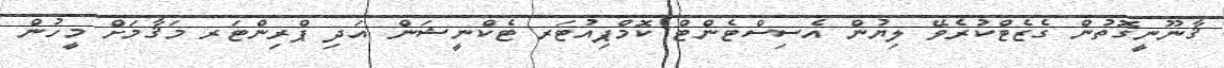
ޤާނޫނީގޮތުން ގެޒެޓްކުރެވޭ ލިޔުން އެސިސްޓެންޓް ކޮމްޕިއުޓަރ ޓެކްނީޝަން އަދި ޕްރިންޓަރ މަޤާމަށް މީހުން